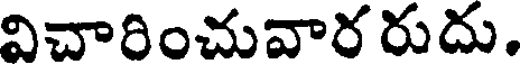
విచారించువార రుదు.